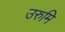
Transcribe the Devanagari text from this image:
उरुमि